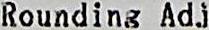
ROUNDING ADJ